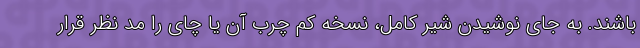
باشند. به جای نوشیدن شیر کامل، نسخه کم چرب آن یا چای را مد نظر قرار